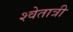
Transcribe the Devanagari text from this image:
श्वेतात्री